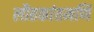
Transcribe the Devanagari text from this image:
लौहकांतमणि